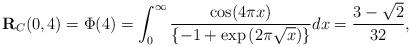
LaTeX: \begin{align*}\textbf{R}_{C}(0,4)=\Phi(4)=\int_{0}^{\infty}\frac{\cos(4\pi x)}{\{-1+\exp{(2\pi\sqrt{x})}\}}dx=\frac{3-\sqrt{2}}{32},\end{align*}